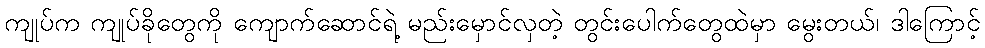
ကျုပ်က ကျုပ်ခိုတွေကို ကျောက်ဆောင်ရဲ့ မည်းမှောင်လှတဲ့ တွင်းပေါက်တွေထဲမှာ မွေးတယ်၊ ဒါကြောင့်